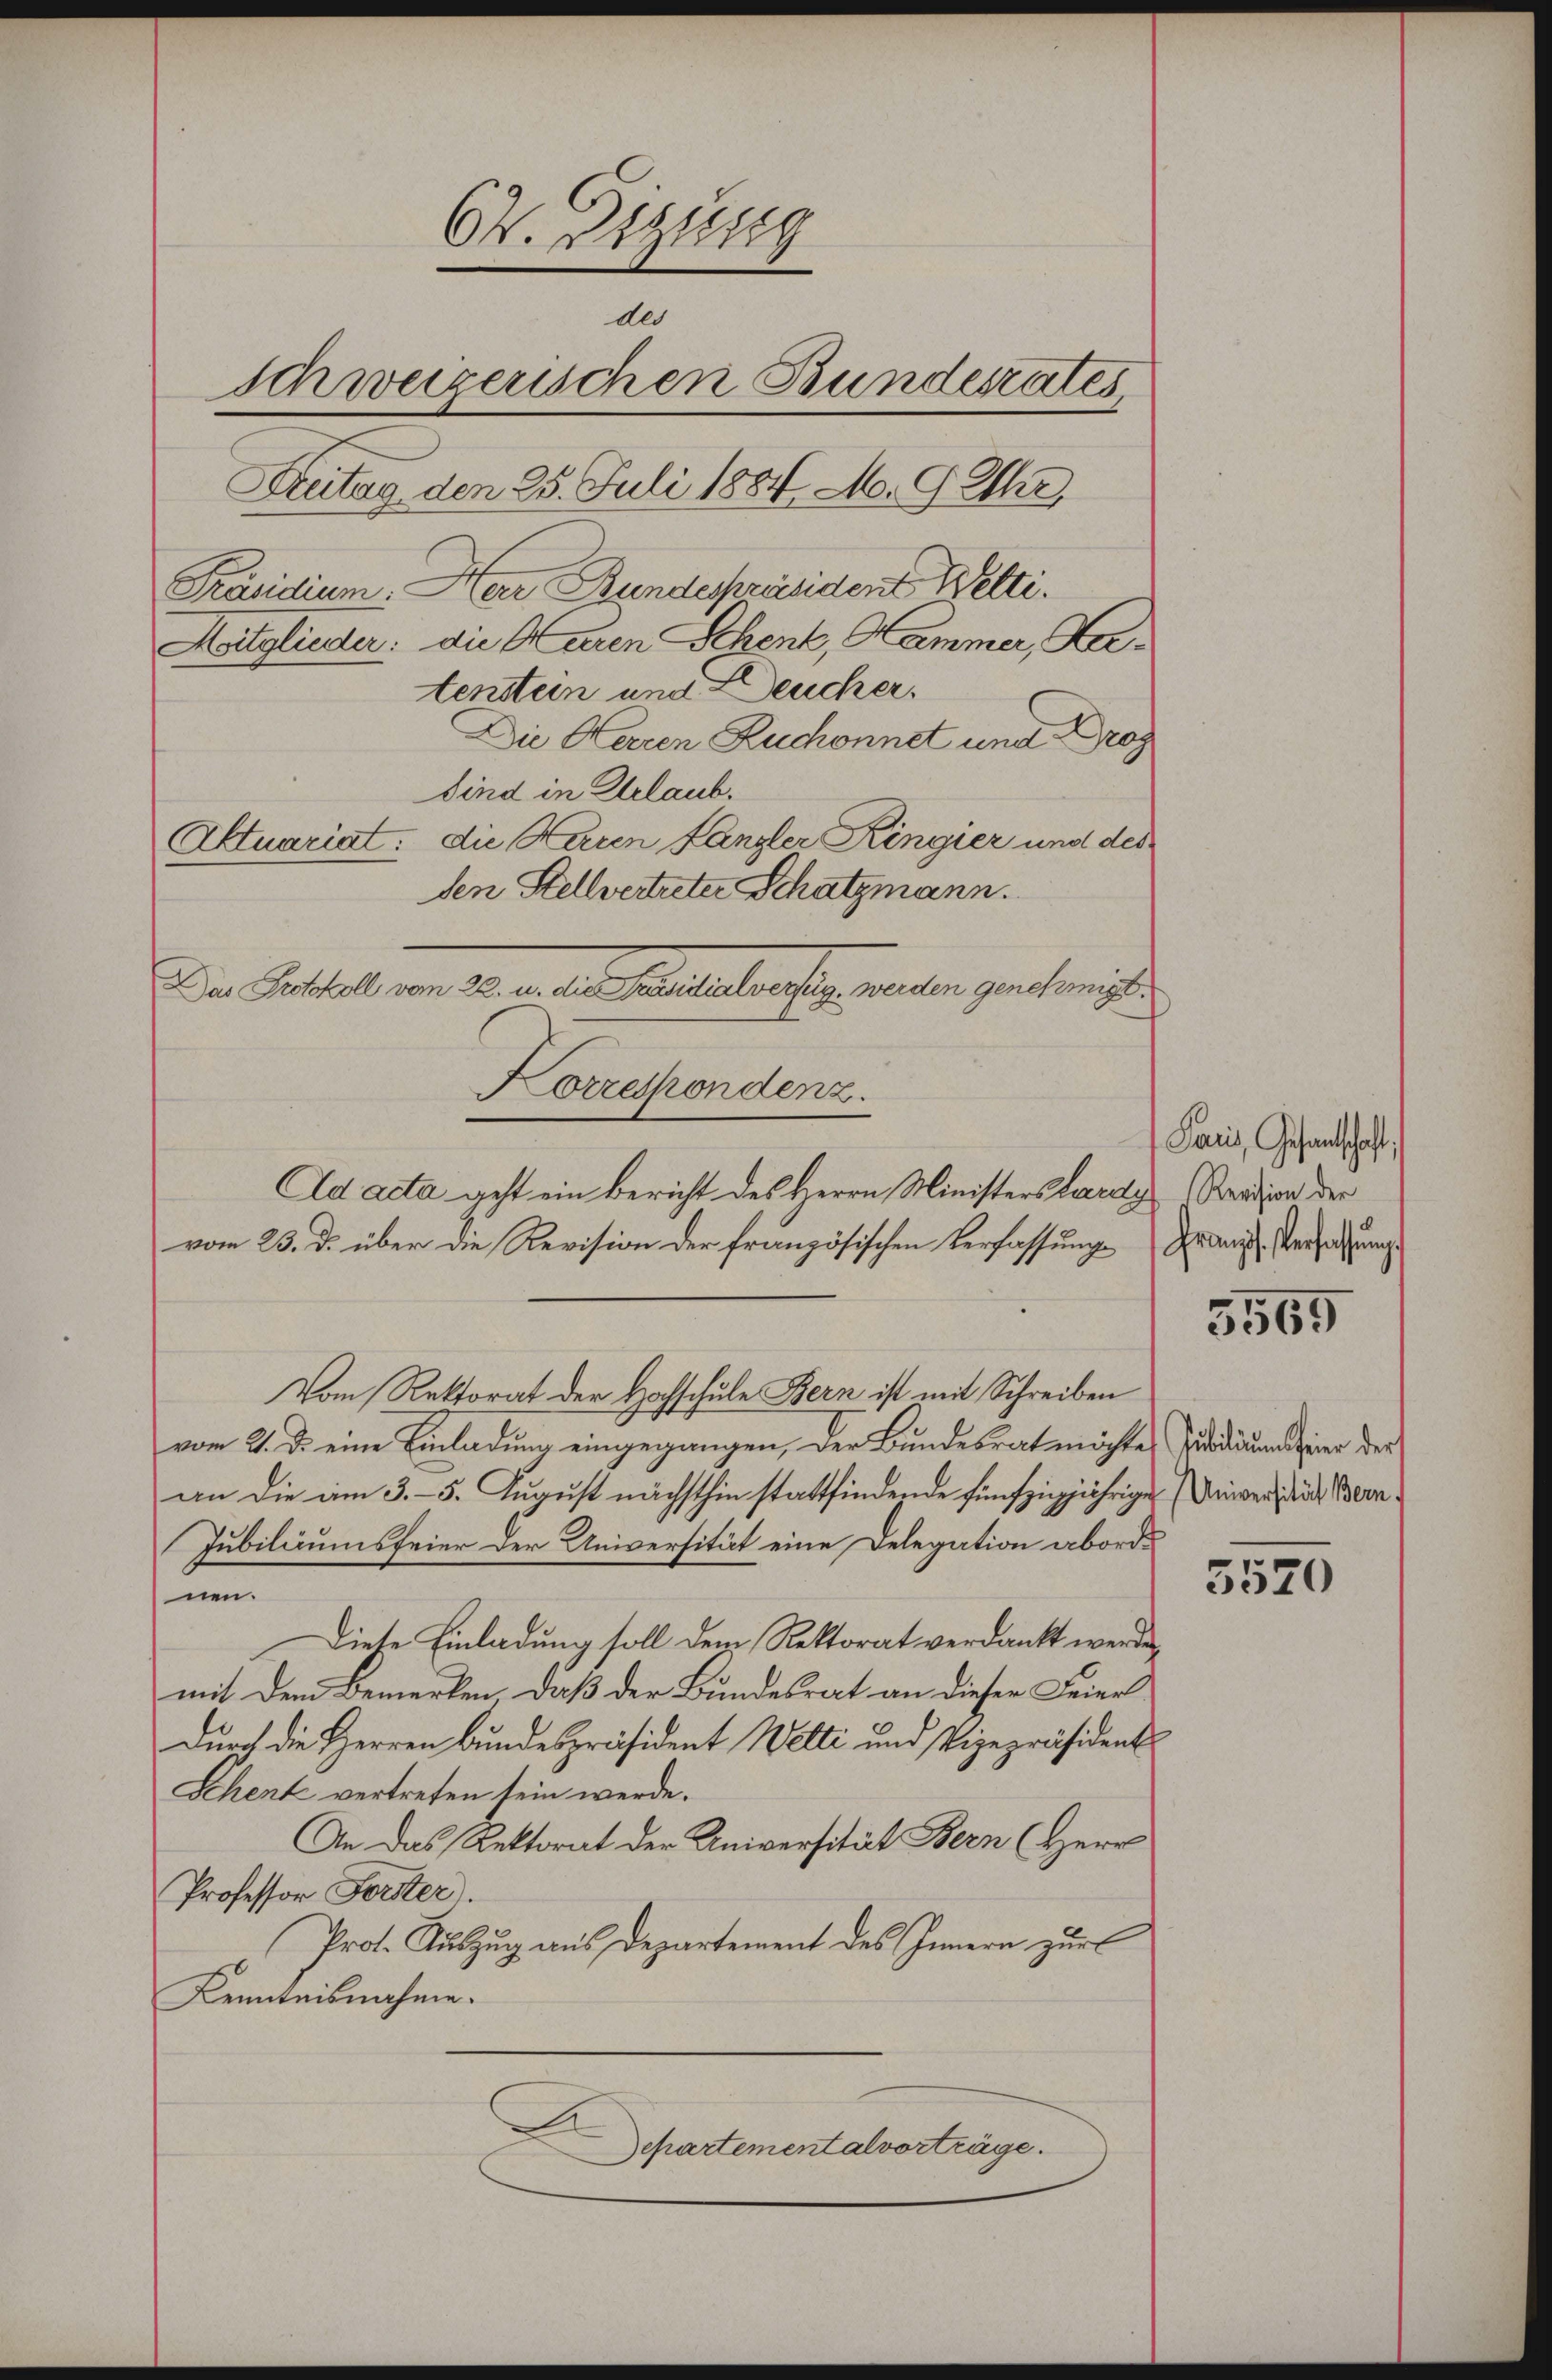
64. Dezung
der
schweizerischen Bundestates,
Britag, den 25. Juli 1884 M. 9 Uhr
Präsidium. Herr Bundespräsident Welti.
Mitglieder: die Herren Schenk, Hammer, Katenstein und Deucher.
Die Herren Ruchonnet und Proz
Sind in Erlaub.
Aktuariat. die Waren fängler Kingier und des
den Stellvertreter Schatzmann.

Da Pestall vom 20. d. d. J. bereiterbrestig, werden genehmigt.
Korrespondenz.
Ad acta geht ein Bericht des Herrn Ministers Lardy Rention der

vom 23. d. über die Revision der französischen Verfassungs
Vom Rektorat der Hochschule Bern ist mit Schreiben
vom 2. d. eine Einladung eingegangen, der Bundesrat möchten Titadiums hier der
an die am 3. - 5. August nächsthin stattfindende fünfzigjährige Univers und Been¬
Jubilicumsfeier der Universität eine Delegation aborde
nen.
Diese Einladung soll dem Rektorat verdankt werden,
mit dem Bemerken, daß der Bundesrat an dieser Feierdurch die Herren Bundespräsident Welti und Vizepräsident
Schente vertreten sein werde.
An das Rektorat der Universität Bern (Herr
Professor Forster).
Prot. Auszug aus Departement des Innern zur
Kenntnisnahme.
Separtementalverträge.

Paris, Gesandtschaft;
Französ. Verfassung

5569

5520